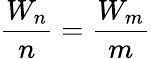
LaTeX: {\frac{W_{n}}{n}}={\frac{W_{m}}{m}}